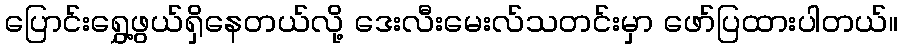
ပြောင်းရွှေ့ဖွယ်ရှိနေတယ်လို့ ဒေးလီးမေးလ်သတင်းမှာ ဖော်ပြထားပါတယ်။